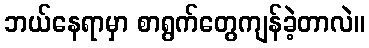
ဘယ်နေရာမှာ စာရွက်တွေကျန်ခဲ့တာလဲ။